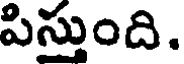
పిస్తుంది.